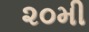
૨૦મી